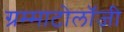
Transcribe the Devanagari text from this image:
ग्रम्माटोलॉजी